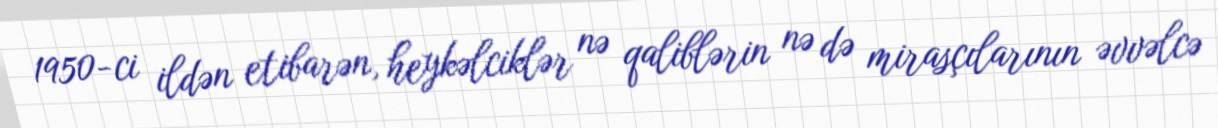
1950-ci ildən etibarən, heykəlciklər nə qaliblərin nə də mirasçılarının əvvəlcə